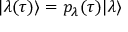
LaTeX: \vert \lambda ( \tau ) \rangle = p _ { \lambda } ( \tau ) \vert \lambda \rangle